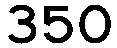
350